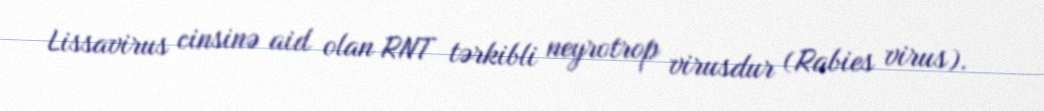
Lissavirus cinsinə aid olan RNT tərkibli neyrotrop virusdur (Rabies virus).